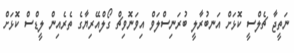
ނަތީޖާ ޗެލްސީ ކޮޅަށް އަނބުރާލީ ބުރަނިސްލަވް އިވަނޮވިޗް ގޯލްއޭރިޔާގެ ތެރެއިން ލީޑްސް ކޮޅަށް